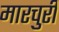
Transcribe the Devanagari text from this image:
मारचुरी